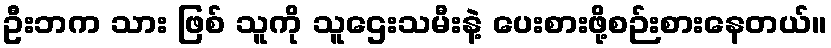
ဦးဘက သား ဖြစ် သူကို သူဌေးသမီးနဲ့ ပေးစားဖို့စဉ်းစားနေတယ်။